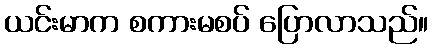
ယင်းမာက စကားမစပ် ပြောလာသည်။